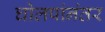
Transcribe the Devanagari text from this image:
घोलपांनंतर